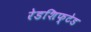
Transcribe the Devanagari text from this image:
रेडशिफ्टेड